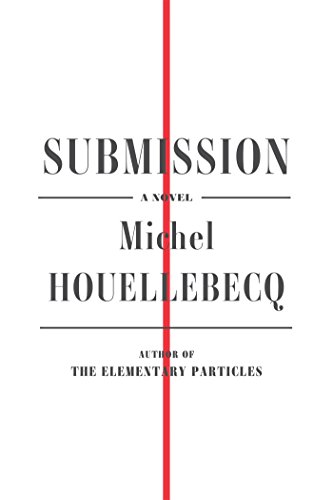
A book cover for Submission: A Novel; Michel Houellebecq; Literature & Fiction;